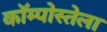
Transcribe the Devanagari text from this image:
कॉम्पोस्तेला